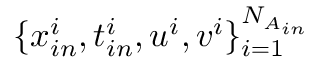
\{ x _ { i n } ^ { i } , t _ { i n } ^ { i } , u ^ { i } , v ^ { i } \} _ { i = 1 } ^ { N _ { A _ { i n } } }